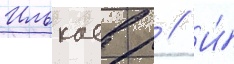
Илькаев р // И́